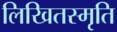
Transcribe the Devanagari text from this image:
लिखितस्मृति